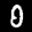
Label: 0